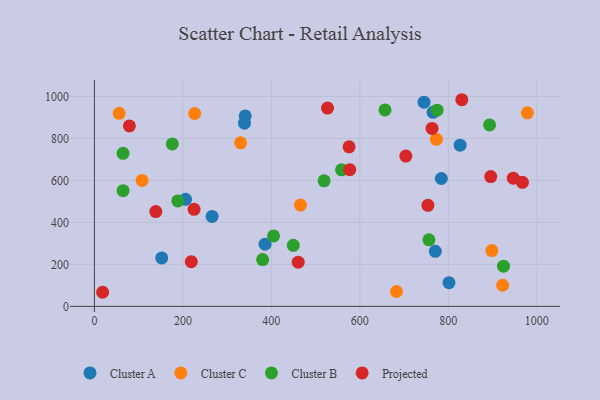
{"axis": {"x": "Distance", "y": "Yield"}, "legend": ["Cluster A", "Cluster B", "Cluster C", "Projected"], "data": [{"x": "339.2", "y": 872.9, "type": "Cluster A"}, {"x": "770.6", "y": 262.4, "type": "Cluster A"}, {"x": "266.1", "y": 428.8, "type": "Cluster A"}, {"x": "206.0", "y": 510.0, "type": "Cluster A"}, {"x": "745.1", "y": 972.6, "type": "Cluster A"}, {"x": "340.9", "y": 907.1, "type": "Cluster A"}, {"x": "152.2", "y": 230.9, "type": "Cluster A"}, {"x": "784.2", "y": 609.2, "type": "Cluster A"}, {"x": "826.7", "y": 768.1, "type": "Cluster A"}, {"x": "801.5", "y": 112.9, "type": "Cluster A"}, {"x": "765.5", "y": 924.4, "type": "Cluster A"}, {"x": "385.8", "y": 296.2, "type": "Cluster A"}, {"x": "773.0", "y": 795.8, "type": "Cluster C"}, {"x": "226.7", "y": 918.7, "type": "Cluster C"}, {"x": "465.8", "y": 482.5, "type": "Cluster C"}, {"x": "898.4", "y": 265.7, "type": "Cluster C"}, {"x": "978.7", "y": 921.8, "type": "Cluster C"}, {"x": "107.8", "y": 600.1, "type": "Cluster C"}, {"x": "682.8", "y": 71.1, "type": "Cluster C"}, {"x": "330.5", "y": 778.9, "type": "Cluster C"}, {"x": "922.8", "y": 100.7, "type": "Cluster C"}, {"x": "56.0", "y": 919.7, "type": "Cluster C"}, {"x": "405.0", "y": 335.5, "type": "Cluster B"}, {"x": "756.2", "y": 317.3, "type": "Cluster B"}, {"x": "558.7", "y": 650.3, "type": "Cluster B"}, {"x": "64.8", "y": 729.0, "type": "Cluster B"}, {"x": "774.7", "y": 934.8, "type": "Cluster B"}, {"x": "924.7", "y": 191.8, "type": "Cluster B"}, {"x": "449.6", "y": 291.1, "type": "Cluster B"}, {"x": "656.9", "y": 935.6, "type": "Cluster B"}, {"x": "64.8", "y": 551.0, "type": "Cluster B"}, {"x": "519.2", "y": 598.2, "type": "Cluster B"}, {"x": "893.3", "y": 864.5, "type": "Cluster B"}, {"x": "380.3", "y": 223.0, "type": "Cluster B"}, {"x": "176.1", "y": 774.1, "type": "Cluster B"}, {"x": "188.5", "y": 502.6, "type": "Cluster B"}, {"x": "575.7", "y": 760.3, "type": "Projected"}, {"x": "18.6", "y": 67.3, "type": "Projected"}, {"x": "967.6", "y": 590.9, "type": "Projected"}, {"x": "704.0", "y": 716.1, "type": "Projected"}, {"x": "946.8", "y": 610.9, "type": "Projected"}, {"x": "225.3", "y": 462.4, "type": "Projected"}, {"x": "79.1", "y": 859.4, "type": "Projected"}, {"x": "460.7", "y": 210.5, "type": "Projected"}, {"x": "219.0", "y": 213.1, "type": "Projected"}, {"x": "830.5", "y": 984.4, "type": "Projected"}, {"x": "763.2", "y": 847.9, "type": "Projected"}, {"x": "753.9", "y": 481.5, "type": "Projected"}, {"x": "138.8", "y": 451.7, "type": "Projected"}, {"x": "577.2", "y": 651.1, "type": "Projected"}, {"x": "895.9", "y": 618.2, "type": "Projected"}, {"x": "526.9", "y": 944.6, "type": "Projected"}]}